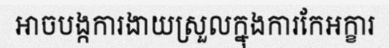
អាចបង្កការងាយស្រួលក្នុងការកែអក្ខារ